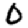
Digit: 0